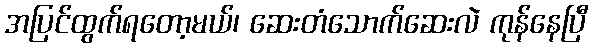
အပြင်ထွက်ရတော့မယ်၊ ဆေးတံသောက်ဆေးလဲ ကုန်နေပြီ